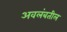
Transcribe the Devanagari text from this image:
अवलंबतील